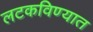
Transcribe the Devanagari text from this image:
लटकविण्यात